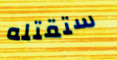
ستقتله